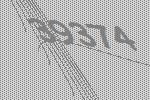
39374